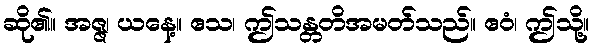
ဆို၏။ အဇ္ဇ၊ ယနေ့။ ဧသ၊ ဤသန္တတိအမတ်သည်။ ဧဝံ၊ ဤသို့။